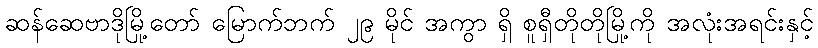
ဆန်ဆေဗာဒိုမြို့တော် မြောက်ဘက် ၂၉ မိုင် အကွာ ရှိ စူရှီတိုတိုမြို့ကို အလုံးအရင်းနှင့်